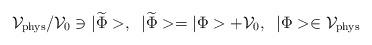
LaTeX: \begin{align*}{\cal V}_{\rm phys}/{\cal V}_0\ni|\widetilde{\Phi}>,\;\; |\widetilde{\Phi}>= |\Phi>+{\cal V}_0,\;\;|\Phi>\in{\cal V}_{\rm phys}\end{align*}